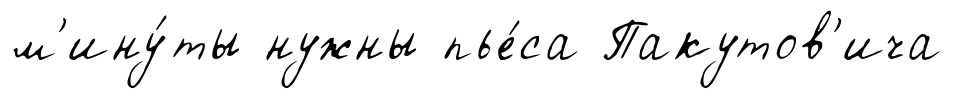
м'ину́ты нужны пье́са Пакутов'ича